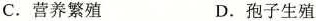
C. 营养繁殖 D. 孢子生殖